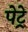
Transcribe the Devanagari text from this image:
पेट्रे